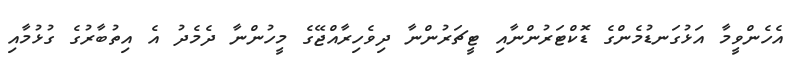
އެހެންވީމާ އަޅުގަނޑުމެންގެ ޑޮކްޓަރުންނާއި ޓީޗަރުންނާ ދިވެހިރާއްޖޭގެ މީހުންނާ ދެމެދު އެ އިތުބާރުގެ ގުޅުމާއި